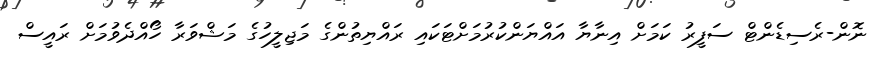
ނޮން-ރެސިޑެންޓް ސަފީރު ކަމަށް އިިނާޔާ އައްޔަންކުރުމަށްޓަކައި ރައްޔިތުންގެ މަޖިލީހުގެ މަޝްވަރާ ހޯއްދެވުމަށް ރައީސް